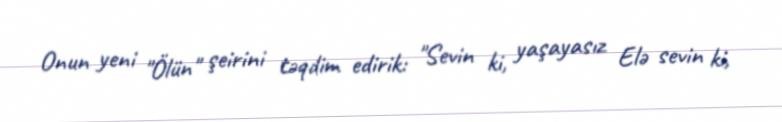
Onun yeni "Ölün" şeirini təqdim edirik: "Sevin ki, yaşayasız Elə sevin ki,